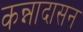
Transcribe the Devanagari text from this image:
कन्नादासन